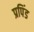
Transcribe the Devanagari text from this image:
प्रपिंड